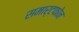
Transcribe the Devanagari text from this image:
समार्टफोन